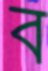
ব